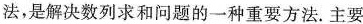
法，是解决数列求和问题的一种重要方法。主要